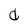
Character: d